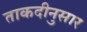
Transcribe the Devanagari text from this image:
ताकदीनुसार